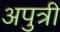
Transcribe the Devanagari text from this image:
अपुत्री